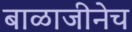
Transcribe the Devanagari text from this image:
बाळाजीनेच